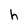
Character: h